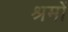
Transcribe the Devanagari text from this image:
श्रमों